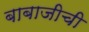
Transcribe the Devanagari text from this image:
बाबाजीची